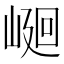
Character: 𡹯